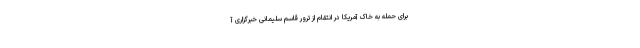
برای حمله به خاک آمریکا در انتقام از ترور قاسم سلیمانی خبرگزاری آ